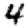
Digit: 4